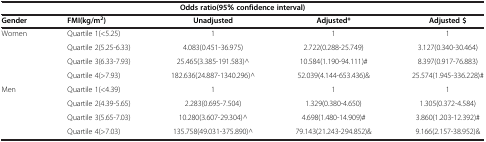
| <COLSPAN=5> Odds ratio(95% confidence interval) |
 | Gender | FMI(kg/m2) | Unadjusted | Adjusted* | Adjusted $ |
 | --- | --- | --- | --- | --- |
 | Women | Quartile 1(<5.25) | 1 | 1 | 1 |
 |  | Quartile 2(5.25-6.33) | 4.083(0.451-36.975) | 2.722(0.288-25.749) | 3.127(0.340-30.464) |
 |  | Quartile 3(6.33-7.93) | 25.465(3.385-191.583)^ | 10.584(1.190-94.111)# | 8.397(0.917-76.883) |
 |  | Quartile 4(>7.93) | 182.636(24.887-1340.296)^ | 52.039(4.144-653.436)& | 25.574(1.945-336.228)# |
 | Men | Quartile 1(<4.39) | 1 | 1 | 1 |
 |  | Quartile 2(4.39-5.65) | 2.283(0.695-7.504) | 1.329(0.380-4.650) | 1.305(0.372-4.584) |
 |  | Quartile 3(5.65-7.03) | 10.280(3.607-29.304)^ | 4.698(1.480-14.909)# | 3.860(1.203-12.392)# |
 |  | Quartile 4(>7.03) | 135.758(49.031-375.890)^ | 79.143(21.243-294.852)& | 9.166(2.157-38.952)& |